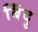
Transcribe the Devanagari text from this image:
बिँदु